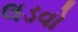
લડવો